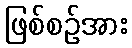
ဖြစ်စဉ်အား